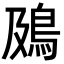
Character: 䲯